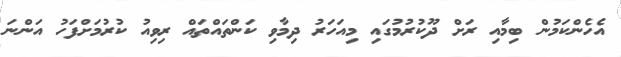
އެހެންކަމުން ބިމާއި ރަށް ދޫކުރުމުގައި މިއަހަރު ދިމާވި ކަންތައްތައް ރިވިއު ކުރުމަށްފަހު އަންނަ